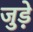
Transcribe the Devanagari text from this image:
जुड़े़